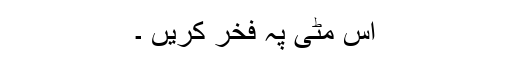
اس مٹی پہ فخر کریں ۔